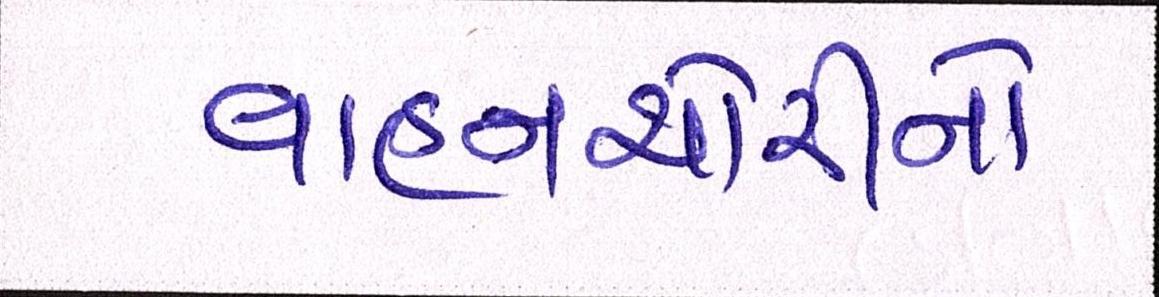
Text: વાહનચોરીનો